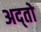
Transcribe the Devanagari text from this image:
अद्तो